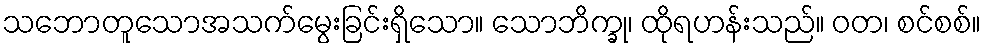
သဘောတူသောအသက်မွေးခြင်းရှိသော။ သောဘိက္ခု၊ ထိုရဟန်းသည်။ ဝတ၊ စင်စစ်။